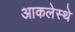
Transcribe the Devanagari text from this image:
आकलेस्थे